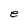
Character: e